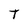
Character: T